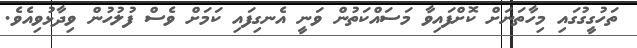
ތަހުގީގުގައި މިހާތަނަށް ކޮށްފައިވާ މަސައްކަތުން ވަނީ އެނގިފައި ކަމަށް ވެސް ފުލުހުން ވިދާޅުވިއެވެ.